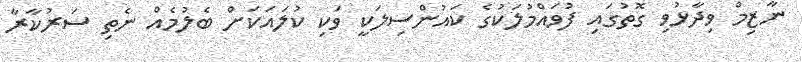
ނާޒިމް ވިދާޅުވި ގޮތުގައި ފުވައްމުލަކުގެ ކައުންސިލަކީ ވަކި ކުލައަކަށް ބެލުމެއް ނެތި ސަރުކާރާ